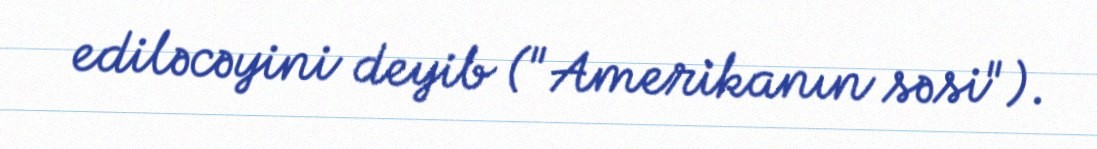
ediləcəyini deyib ("Amerikanın səsi").